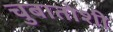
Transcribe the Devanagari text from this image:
चुबातोशी